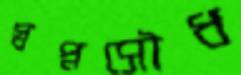
স্বপ্নসৌধ